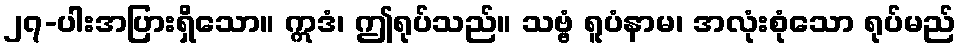
၂၇-ပါးအပြားရှိသော။ ဣဒံ၊ ဤရုပ်သည်။ သဗ္ဗံ ရူပံနာမ၊ အလုံးစုံသော ရုပ်မည်